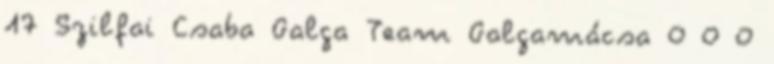
17 Szilfai Csaba Galga Team Galgamácsa 0 0 0